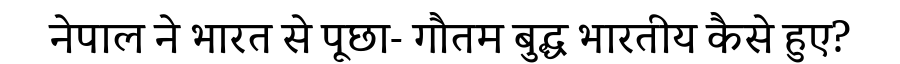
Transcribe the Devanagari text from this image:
नेपाल ने भारत से पूछा- गौतम बुद्ध भारतीय कैसे हुए?